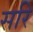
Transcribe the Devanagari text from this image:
सरि